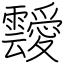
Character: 靉